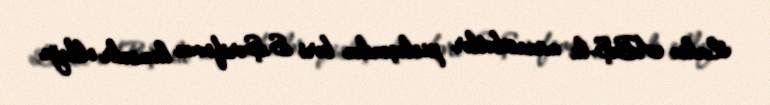
Lakin ABŞ-la münasibətlər pisləşəndən bəri S.Şərifovun həmsədr olduğu